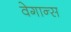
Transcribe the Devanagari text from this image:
वेगान्स